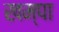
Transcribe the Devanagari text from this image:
खम्पा